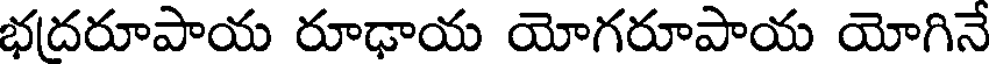
భదరూపాయ రూఢాయ యోగరూపాయ యోగినే